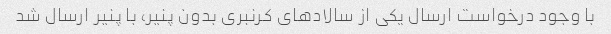
با وجود درخواست ارسال یکی از سالادهای کرنبری بدون پنیر، با پنیر ارسال شد